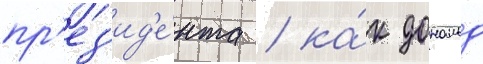
пр'ез'ид'е́нта / ка́к дональд